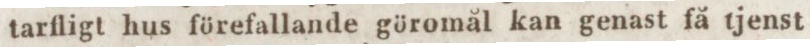
tarfligt hus förefallande göromål kan genast få tjenst